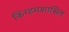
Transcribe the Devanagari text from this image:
किंग्डमशासित